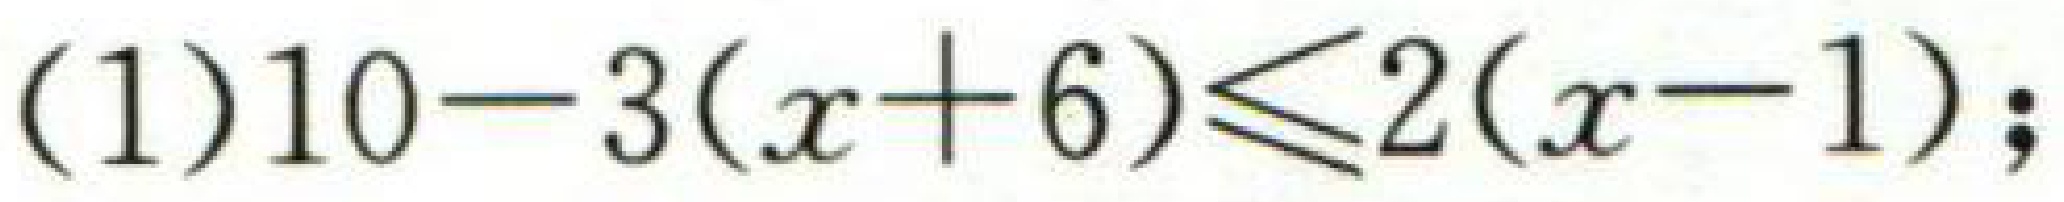
\(10 - 3(x + 6) \leq 2(x - 1);\)